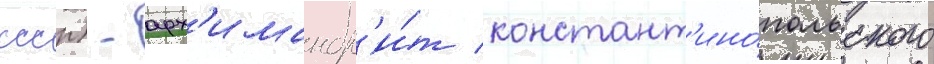
ссср) - арх'имандр'и́т констант'ино́польского